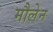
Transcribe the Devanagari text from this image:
मौलेन